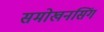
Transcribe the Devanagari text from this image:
समोखनसिंग